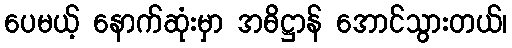
ပေမယ့် နောက်ဆုံးမှာ အဓိဋ္ဌာန် အောင်သွားတယ်၊